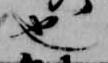
也